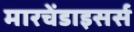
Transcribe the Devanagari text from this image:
मारचेंडाइसर्स